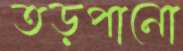
তড়পানো